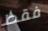
فقط